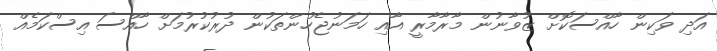
އަދި ވަކިން ހާއްސަކޮށް ޒުވާނުން މާރާމާރީ އާއި ހަމަނުޖެހުންތަކުން ދުރުކުރުމަށް ހާއްސަ އިސްކަމެއް